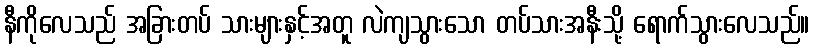
နီကိုလေသည် အခြားတပ် သားများနှင့်အတူ လဲကျသွားသော တပ်သားအနီးသို့ ရောက်သွားလေသည်။